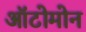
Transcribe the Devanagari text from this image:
ऑटोमोन